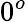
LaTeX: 0^{o}